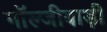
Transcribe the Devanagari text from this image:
गॉल्जीबाड़ी